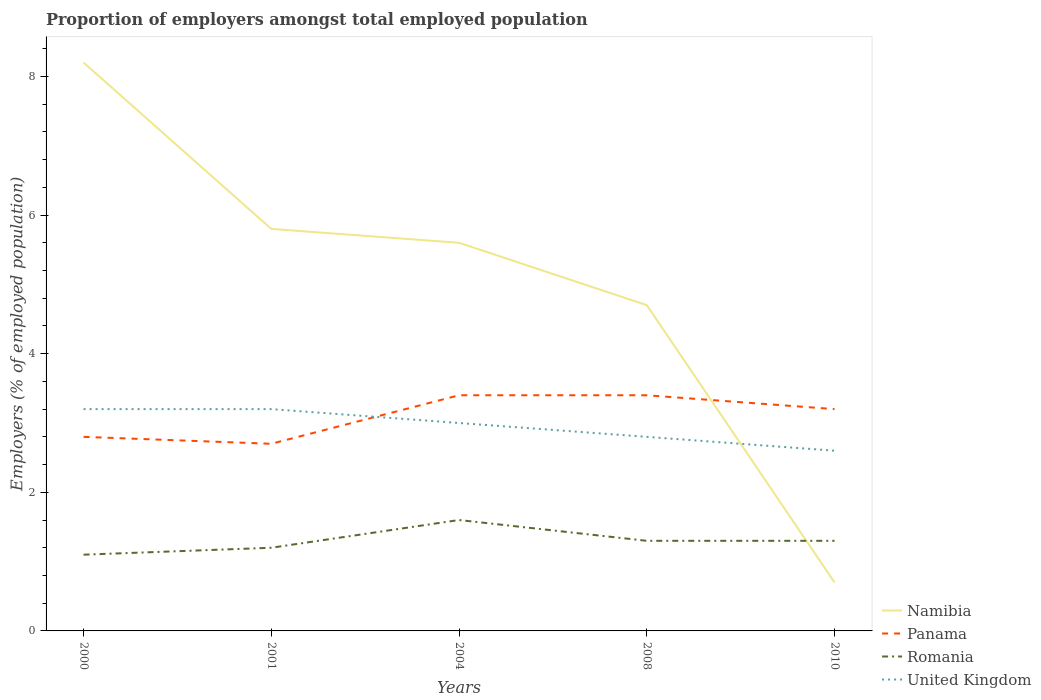
| Years | Namibia | Panama | Romania | United Kingdom |
 | --- | --- | --- | --- | --- |
 | 2000 | 8.2 | 2.8 | 1.1 | 3.2 |
 | 2001 | 5.8 | 2.7 | 1.2 | 3.2 |
 | 2004 | 5.6 | 3.4 | 1.6 | 3 |
 | 2008 | 4.7 | 3.4 | 1.3 | 2.8 |
 | 2010 | 0.7 | 3.2 | 1.3 | 2.6 |